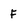
Character: F